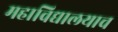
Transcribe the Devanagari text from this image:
महाविद्यालयाच